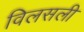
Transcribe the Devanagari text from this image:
विलसली